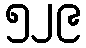
၅၂၉